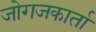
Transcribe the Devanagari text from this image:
जोगजकार्ता